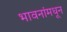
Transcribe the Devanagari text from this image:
भावनांमधून